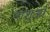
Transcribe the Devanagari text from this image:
नाशुआ